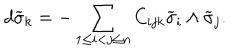
d \widetilde { \sigma } _ { k } = - \sum _ { 1 \leq i < j \leq n } C _ { i j k } \widetilde { \sigma } _ { i } \wedge \widetilde { \sigma } _ { j } .